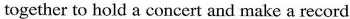
together to hold a concert and make a record